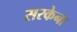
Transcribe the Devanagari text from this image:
सरकेना